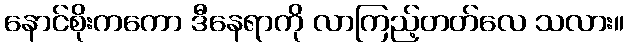
နောင်စိုးကကော ဒီနေရာကို လာကြည့်တတ်လေ သလား။